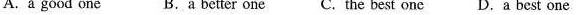
A.a good one B.a better one C.The best one D.A best one